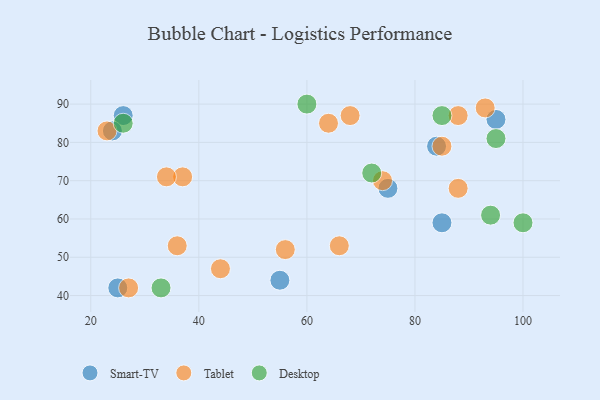
{"axis": {"x": "GDP", "y": "Life Expectancy"}, "legend": ["Desktop", "Smart-TV", "Tablet"], "data": [{"x": "26", "y": 87, "type": "Smart-TV"}, {"x": "24", "y": 83, "type": "Smart-TV"}, {"x": "85", "y": 59, "type": "Smart-TV"}, {"x": "75", "y": 68, "type": "Smart-TV"}, {"x": "25", "y": 42, "type": "Smart-TV"}, {"x": "95", "y": 86, "type": "Smart-TV"}, {"x": "55", "y": 44, "type": "Smart-TV"}, {"x": "84", "y": 79, "type": "Smart-TV"}, {"x": "66", "y": 53, "type": "Tablet"}, {"x": "37", "y": 71, "type": "Tablet"}, {"x": "93", "y": 89, "type": "Tablet"}, {"x": "56", "y": 52, "type": "Tablet"}, {"x": "27", "y": 42, "type": "Tablet"}, {"x": "68", "y": 87, "type": "Tablet"}, {"x": "88", "y": 68, "type": "Tablet"}, {"x": "44", "y": 47, "type": "Tablet"}, {"x": "85", "y": 79, "type": "Tablet"}, {"x": "88", "y": 87, "type": "Tablet"}, {"x": "23", "y": 83, "type": "Tablet"}, {"x": "64", "y": 85, "type": "Tablet"}, {"x": "74", "y": 70, "type": "Tablet"}, {"x": "36", "y": 53, "type": "Tablet"}, {"x": "34", "y": 71, "type": "Tablet"}, {"x": "33", "y": 42, "type": "Desktop"}, {"x": "94", "y": 61, "type": "Desktop"}, {"x": "72", "y": 72, "type": "Desktop"}, {"x": "26", "y": 85, "type": "Desktop"}, {"x": "85", "y": 87, "type": "Desktop"}, {"x": "100", "y": 59, "type": "Desktop"}, {"x": "95", "y": 81, "type": "Desktop"}, {"x": "60", "y": 90, "type": "Desktop"}]}